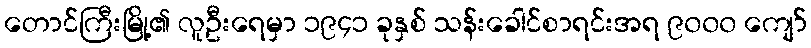
တောင်ကြီးမြို့၏ လူဦးရေမှာ ၁၉၄၁ ခုနှစ် သန်းခေါင်စာရင်းအရ ၉၀၀၀ ကျော်